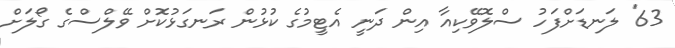
63' ލަނޑަށްފަހު ސްލޮވޭކިއާ އިން ދަނީ އެޓީމުގެ ކުޅުން ރަނގަޅުކޮށް ވޭލްސްގެ ގޯލަށް